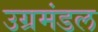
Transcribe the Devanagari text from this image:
उग्रमंडल